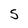
Character: S